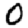
Digit: 0